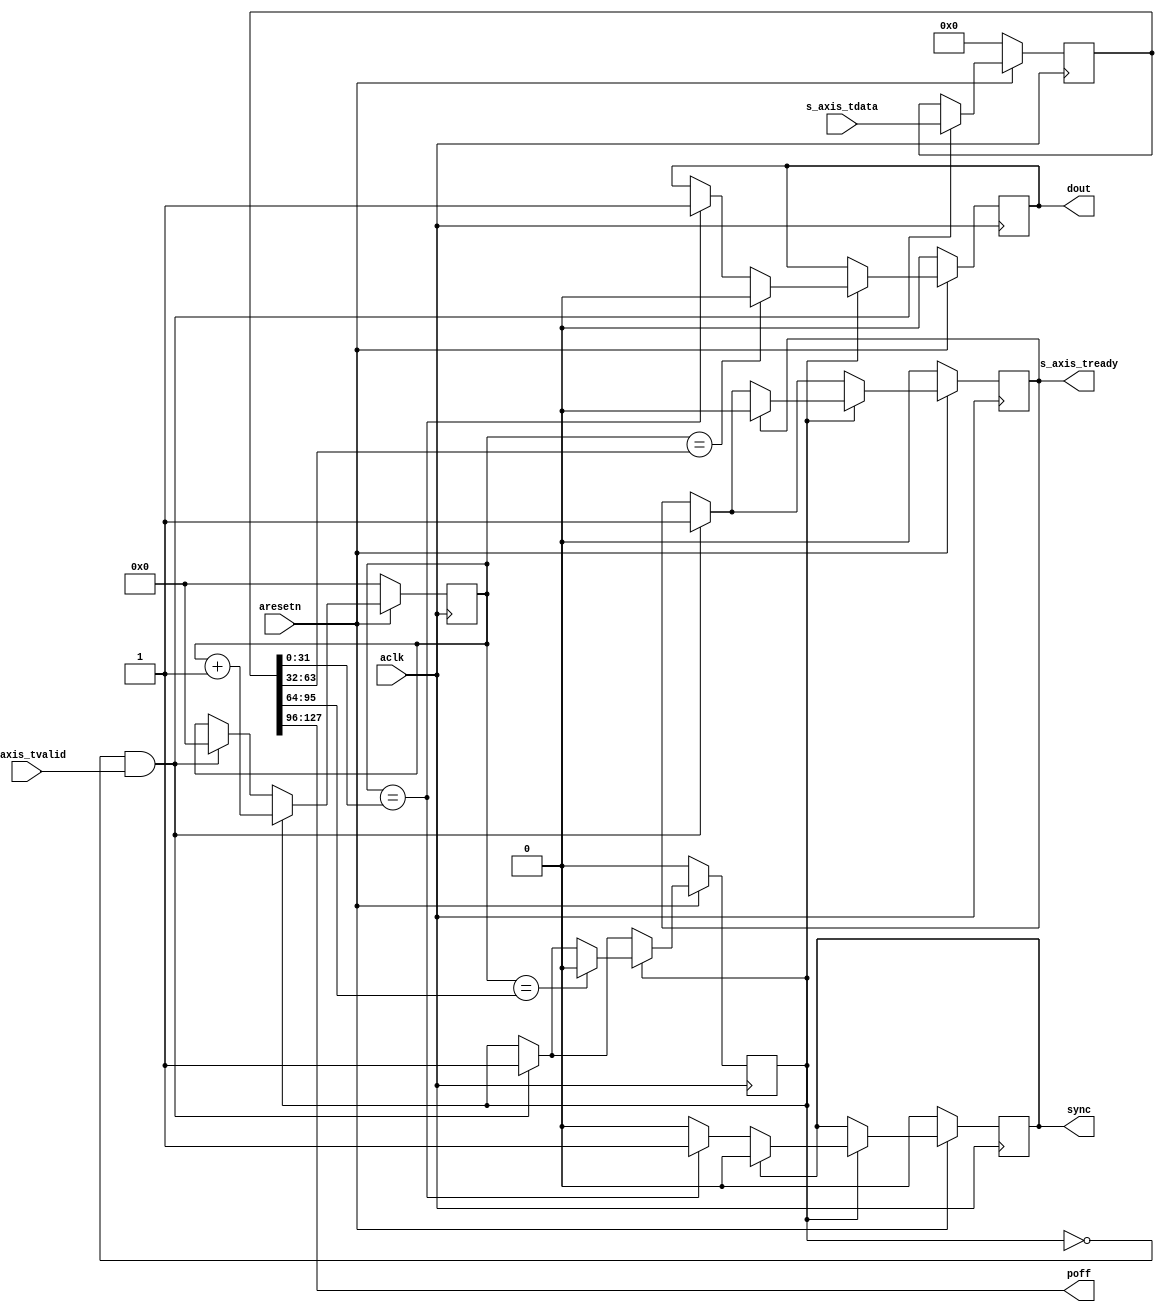
module axis_gate_controller
(
  input  wire         aclk,
  input  wire         aresetn,

  // Slave side
  output wire         s_axis_tready,
  input  wire [127:0] s_axis_tdata,
  input  wire         s_axis_tvalid,

  output wire [31:0]  poff,
  output wire         sync,
  output wire         dout
);

  reg int_tready_reg, int_tready_next;
  reg int_sync_reg, int_sync_next;
  reg int_dout_reg, int_dout_next;
  reg int_enbl_reg, int_enbl_next;
  reg [31:0] int_cntr_reg, int_cntr_next;
  reg [127:0] int_data_reg, int_data_next;

  always @(posedge aclk)
  begin
    if(~aresetn)
    begin
      int_tready_reg <= 1'b0;
      int_sync_reg <= 1'b0;
      int_dout_reg <= 1'b0;
      int_enbl_reg <= 1'b0;
      int_cntr_reg <= 32'd0;
      int_data_reg <= 128'd0;
    end
    else
    begin
      int_tready_reg <= int_tready_next;
      int_sync_reg <= int_sync_next;
      int_dout_reg <= int_dout_next;
      int_enbl_reg <= int_enbl_next;
      int_cntr_reg <= int_cntr_next;
      int_data_reg <= int_data_next;
    end
  end

  always @*
  begin
    int_tready_next = int_tready_reg;
    int_sync_next = int_sync_reg;
    int_dout_next = int_dout_reg;
    int_enbl_next = int_enbl_reg;
    int_cntr_next = int_cntr_reg;
    int_data_next = int_data_reg;

    if(~int_enbl_reg & s_axis_tvalid)
    begin
      int_tready_next = 1'b1;
      int_enbl_next = 1'b1;
      int_cntr_next = 32'd0;
      int_data_next = s_axis_tdata;
    end

    if(int_enbl_reg)
    begin
      int_cntr_next = int_cntr_reg + 1'b1;

      if(int_cntr_reg == int_data_reg[31:0])
      begin
        int_sync_next = 1'b1;
        int_dout_next = 1'b1;
      end

      if(int_cntr_reg == int_data_reg[63:32])
      begin
        int_dout_next = 1'b0;
      end

      if(int_cntr_reg == int_data_reg[95:64])
      begin
        int_enbl_next = 1'b0;
      end

      if(int_tready_reg)
      begin
        int_tready_next = 1'b0;
      end

      if(int_sync_reg)
      begin
        int_sync_next = 1'b0;
      end
    end
  end

  assign s_axis_tready = int_tready_reg;
  assign poff = int_data_reg[127:96];
  assign sync = int_sync_reg;
  assign dout = int_dout_reg;

endmodule